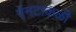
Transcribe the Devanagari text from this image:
पेनटाकळी